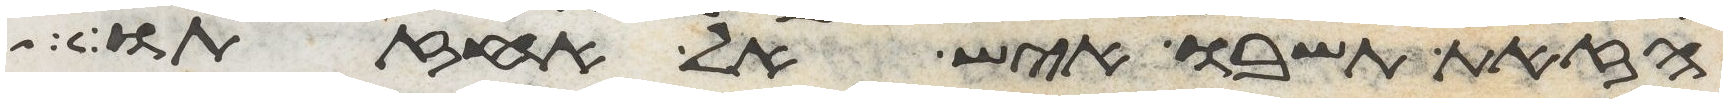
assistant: הזאת תשובו איש אל אחזתו